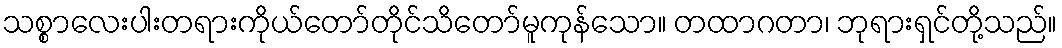
သစ္စာလေးပါးတရားကိုယ်တော်တိုင်သိတော်မူကုန်သော။ တထာဂတာ၊ ဘုရားရှင်တို့သည်။